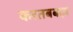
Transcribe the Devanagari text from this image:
करतबबाज़